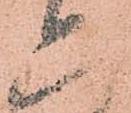
六